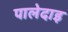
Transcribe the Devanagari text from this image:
पालेदाइ